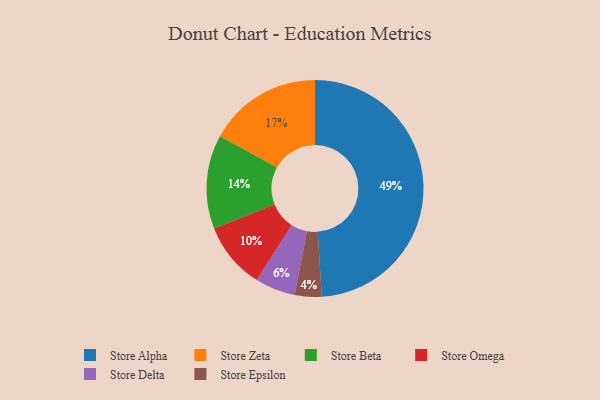
{"axis": {"x": "Category", "y": "Percentage"}, "legend": ["Store Alpha", "Store Beta", "Store Delta", "Store Epsilon", "Store Omega", "Store Zeta"], "data": [{"x": "Store Zeta", "y": 17, "type": "Store Zeta"}, {"x": "Store Delta", "y": 6, "type": "Store Delta"}, {"x": "Store Alpha", "y": 49, "type": "Store Alpha"}, {"x": "Store Omega", "y": 10, "type": "Store Omega"}, {"x": "Store Beta", "y": 14, "type": "Store Beta"}, {"x": "Store Epsilon", "y": 4, "type": "Store Epsilon"}]}